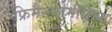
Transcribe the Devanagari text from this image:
फ्रिमैन्टलमीडिया